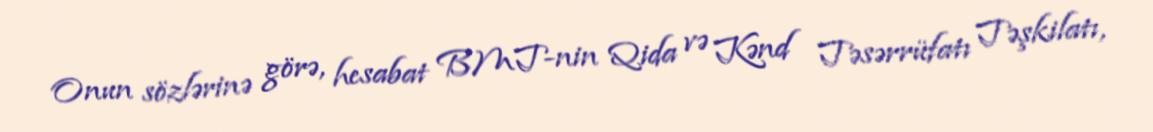
Onun sözlərinə görə, hesabat BMT-nin Qida və Kənd Təsərrüfatı Təşkilatı,